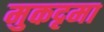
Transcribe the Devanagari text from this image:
मुकदृमा